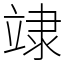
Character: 䇐